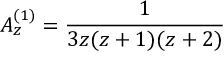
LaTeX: A _ { z } ^ { ( 1 ) } = \frac { 1 } { 3 z ( z + 1 ) ( z + 2 ) }